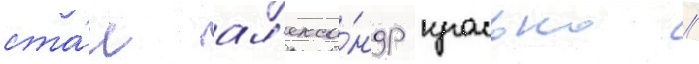
ста́л ал'екса́ндр красько //